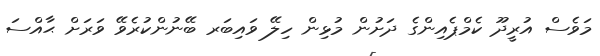
މަވެސް އުރީދޫ ކެމްޕެއިންގެ ދަށުން މުޅިން ހިލޭ ވައިބަރ ބޭނުންކުރެވޭ ވަރަށް ޙާއްސަ